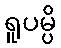
ရူပမ္ပိ